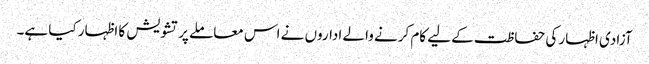
آزادی اظہار کی حفاظت کے لیے کام کرنے والے اداروں نے اس معاملے پر تشویش کا اظہار کیا ہے۔